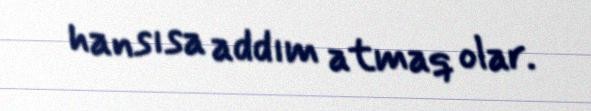
hansısa addım atmaq olar.